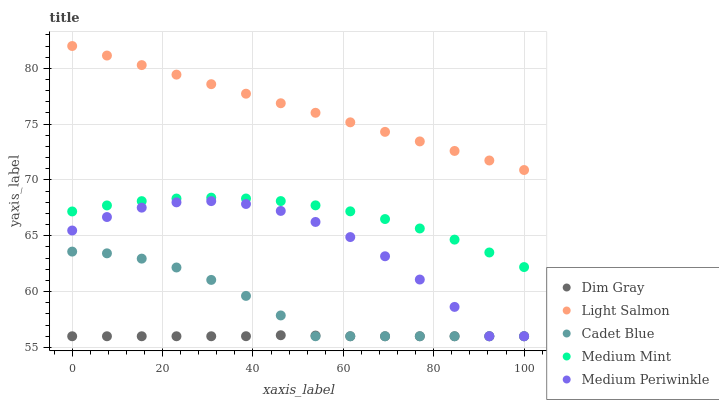
| xaxis_label | Dim Gray | Light Salmon | Cadet Blue | Medium Mint | Medium Periwinkle |
 | --- | --- | --- | --- | --- | --- |
 | 0 | 56 | 82 | 63.6 | 67.2 | 65.5 |
 | 7.69 | 56 | 81.1 | 63.4 | 67.7 | 66.7 |
 | 15.4 | 56 | 80.3 | 63 | 68.1 | 67.5 |
 | 23.1 | 56 | 79.4 | 62.2 | 68.3 | 68 |
 | 30.8 | 56 | 78.6 | 61 | 68.4 | 68.1 |
 | 38.5 | 56 | 77.7 | 59.6 | 68.3 | 67.8 |
 | 46.2 | 56.1 | 76.9 | 57.9 | 68.1 | 67.2 |
 | 53.8 | 56.1 | 76 | 56 | 67.7 | 66.2 |
 | 61.5 | 56 | 75.2 | 56 | 67.2 | 64.9 |
 | 69.2 | 56 | 74.3 | 56 | 66.5 | 63.2 |
 | 76.9 | 56 | 73.5 | 56 | 65.7 | 61.1 |
 | 84.6 | 56 | 72.6 | 56 | 64.7 | 58.6 |
 | 92.3 | 56 | 71.7 | 56 | 63.5 | 56 |
 | 100 | 56 | 70.9 | 56 | 62.2 | 56 |